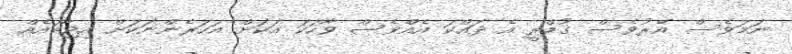
ނަމަވެސް އޭރުވެސް ގުމްރީ އެ ދައްކަ އެއްވެސް ވާހަކަ އަކަށް އަހަރެންނަކަށް އިޖާބައެއް